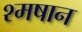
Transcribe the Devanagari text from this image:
श्मषान